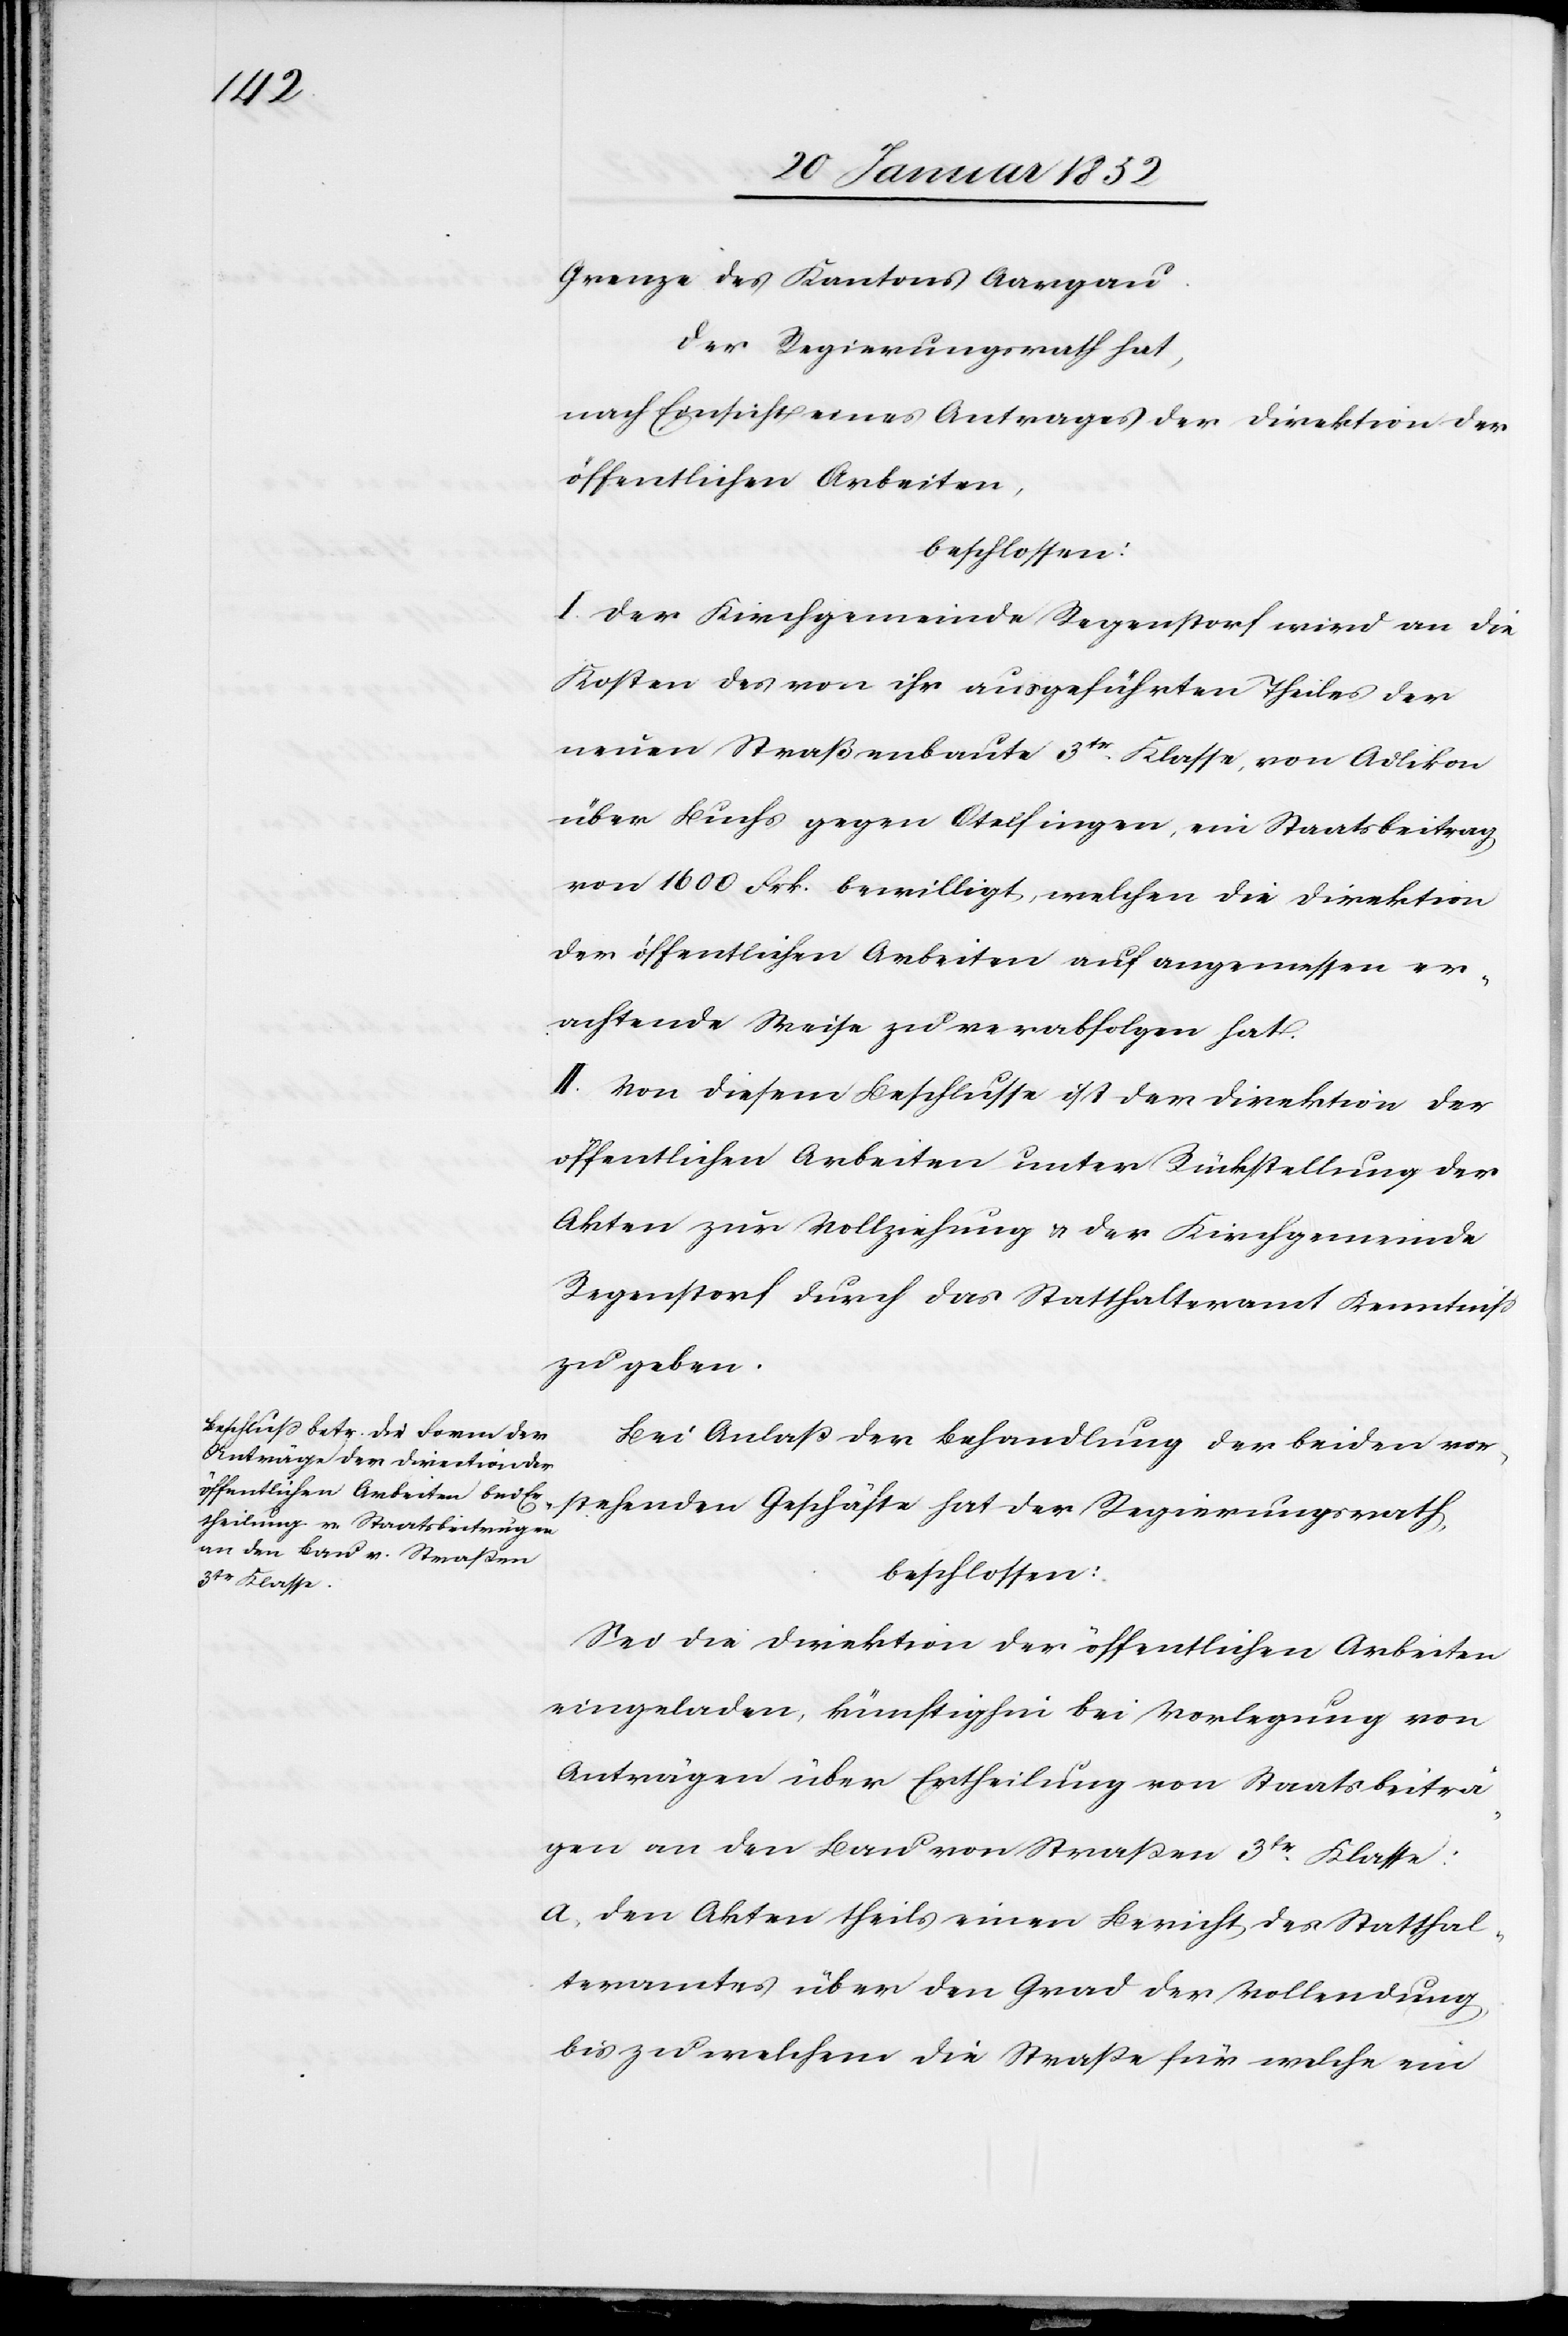
Grenze des Kantons Aargau.
Der Regierungsrath hat,
nach Einsicht eines Antrages der Direktion der
öffentlichen Arbeiten,
beschlossen:
I. Der Kirchgemeinde Regenstorf wird an die
Kosten des von ihr ausgeführten Theiles der
neuen Straßenbaute 3tr Klasse, von Adlikon
über Buchs gegen Otelfingen, ein Staatsbeitrag
von 1600 Frk. bewilligt, welchen die Direktion
der öffentlichen Arbeiten auf angemessen er¬
achtende Weise zu verabfolgen hat.
II. Von diesem Beschlusse ist der Direktion der
öffentlichen Arbeiten unter Rückstellung der
Akten zur Vollziehung u. der Kirchgemeinde
Regenstorf durch das Statthalteramt Kenntniß
zu geben.
Bei Anlaß der Behandlung der beiden vor¬
stehenden Geschäfte hat der Regierungsrath,
beschlossen:
Sei die Direktion der öffentlichen Arbeiten
eingeladen, künftighin bei Vorlegung von
Anträgen über Ertheilung von Staatsbeiträ¬
gen an den Bau von Straßen 3tr Klasse:
a) Den Akten theils einen Bericht des Statthal¬
teramtes über den Grad der Vollendung,
bis zu welchem die Straße für welche ein